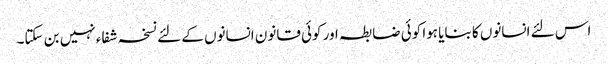
اس لئے انسانوں کا بنایا ہوا کوئی ضابطہ اور کوئی قانون انسانوں کے لئے نسخہ شفاء نہیں بن سکتا۔